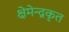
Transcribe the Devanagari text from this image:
क्षेमेन्द्रकृत